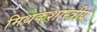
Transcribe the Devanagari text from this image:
मिथकशास्त्रीय